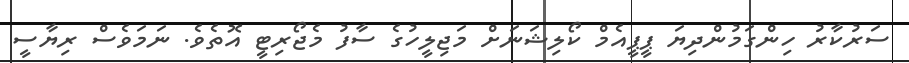
ސަރުކާރު ހިންގަމުންދިޔަ ޕީޕީއެމް ކޯލިޝަނަށް މަޖިލީހުގެ ސާފު މެޖޯރިޓީ އޮތެވެ. ނަމަވެސް ރިޔާސީ